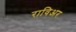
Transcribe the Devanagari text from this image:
राविअर